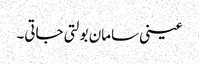
عینی سامان بولتی جاتی۔